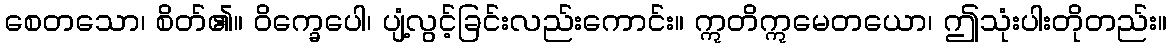
စေတသော၊ စိတ်၏။ ဝိက္ခေပေါ၊ ပျံ့လွင့်ခြင်းလည်းကောင်း။ ဣတိဣမေတယော၊ ဤသုံးပါးတိုတည်း။